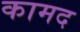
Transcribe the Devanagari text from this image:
कामद